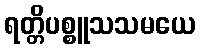
ရတ္တိပစ္စူသသမယေ